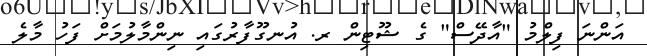
އަންނަ ފިލްމު "އާދޭސް" ގެ ޝޫޓިން ރ. އުނގޫފާރުގައި ނިންމާލުމަށް ފަހު މާލެ